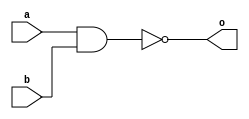
module top(input a, b, output o);
(* keep *) wire w = a & b;
assign o = ~w;
endmodule